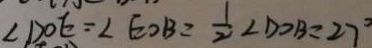
\angle D O E = \angle E O B = \frac { 1 } { 2 } \angle D O B = 2 7 ^ { \circ }